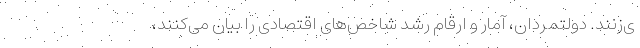
ی‌زنند. دولتمردان، آمار و ارقام رشد شاخص‌های اقتصادی را بیان می‌کنند،